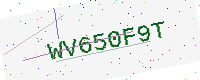
Text: WV650F9T